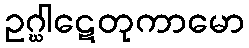
ဥဂ္ဃါဋေတုကာမော